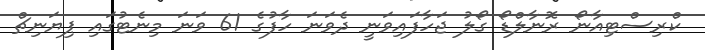
ކްރިސްޓިއާނޯ ރޮނާލްޑޯ ގޯލު ޖަހާފައިވަނީ ދެވަނަ ހާފުގެ 61 ވަނަ މިނެޓުގައި ޕިޔަނިޗް